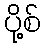
ပို့စ်